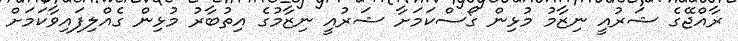
ރާއްޖޭގެ ޝަރުއީ ނިޒާމު މުޅިން ގޯސްކަމަށާ ޝަރުއީ ނިޒާމުގެ އިތުބާރު މުޅިން ގެއްލިފައިވާކަމަށް